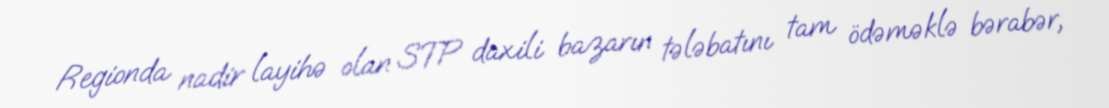
Regionda nadir layihə olan STP daxili bazarın tələbatını tam ödəməklə bərabər,